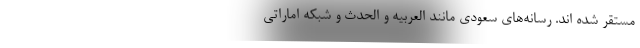
مستقر شده اند. رسانه‌های سعودی مانند العربیه و الحدث و شبکه اماراتی